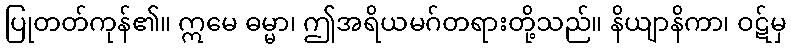
ပြုတတ်ကုန်၏။ ဣမေ ဓမ္မာ၊ ဤအရိယမဂ်တရားတို့သည်။ နိယျာနိကာ၊ ဝဋ်မှ